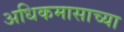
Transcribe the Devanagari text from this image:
अधिकमासाच्या